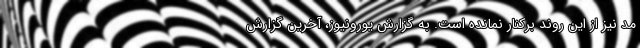
مد نیز از این روند برکنار نمانده است. به گزارش یورونیوز، آخرین گزارش